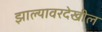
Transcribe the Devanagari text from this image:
झाल्यावरदेखील